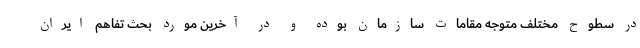
در سطوح مختلف متوجه مقامات سازمان بوده و در آخرین مورد بحث تفاهم ایران